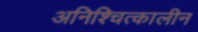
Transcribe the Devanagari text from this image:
अनिश्चित्कालीन